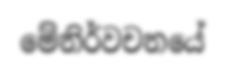
මේනිර්වචනයේ